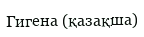
Гигена (қазақша)